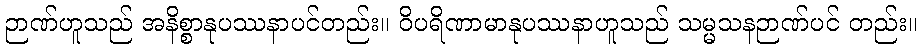
ဉာဏ်ဟူသည် အနိစ္စာနုပဿနာပင်တည်း။ ဝိပရိဏာမာနုပဿနာဟူသည် သမ္မသနဉာဏ်ပင် တည်း။